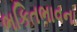
ભકિતભાવના